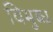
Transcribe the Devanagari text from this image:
विभुब्ध